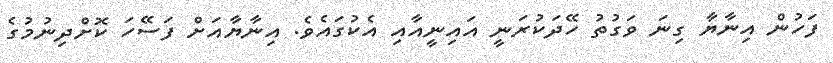
ފަހުން އިނާޔާ ގިނަ ވަގުތު ހޭދަކުރަނީ އައިނީއާއި އެކުގައެވެ. އިނާޔާއަށް ފަސޭހަ ކޮށްދިނުމުގެ